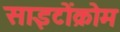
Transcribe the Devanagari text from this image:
साइटोंक्रोम